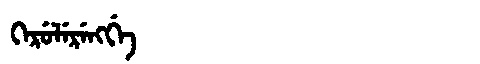
Manchu: ᡴᡝᡵᡠᠯᡝᡵᡝᠩᡤᡝ
Romanization: KERULERENGGE